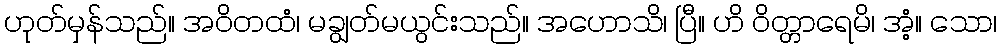
ဟုတ်မှန်သည်။ အဝိတထံ၊ မချွတ်မယွင်းသည်။ အဟောသိ၊ ပြီ။ ဟိ ဝိတ္တာရေမိ၊ အံ့။ သော၊